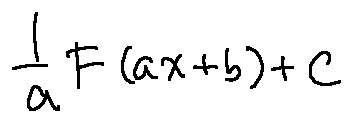
\frac { 1 } { a } F ( a x + b ) + C